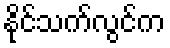
နိုင်သက်လွင်က